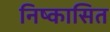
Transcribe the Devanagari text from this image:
निष्कासित